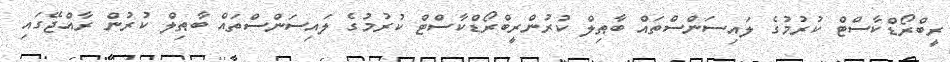
ރީބްރޯޑްކާސްޓް ކުރުމުގެ ލައިސަންސްތައް ބާޠިލް ކުރުންރީބްރޯޑްކާސްޓް ކުރުމުގެ ލައިސަންސްތައް ބާޠިލް ކުރުން ރާއްޖޭގައި